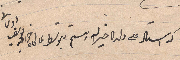
..... على ولده خير الله ....